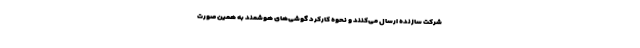
شرکت سازنده ارسال می‌کنند و نحوه‌ کارکرد گوشی‌های هوشمند به همین صورت